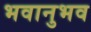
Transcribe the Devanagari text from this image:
भवानुभव